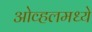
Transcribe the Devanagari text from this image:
ओव्हलमध्ये